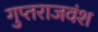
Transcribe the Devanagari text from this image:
गुप्तराजवंश